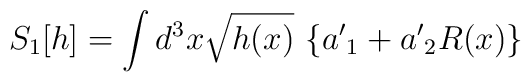
S_1[h] = \int d^3x \sqrt{h(x)}~ \{ {a'}_1 +{a'}_2 R(x) \} \,